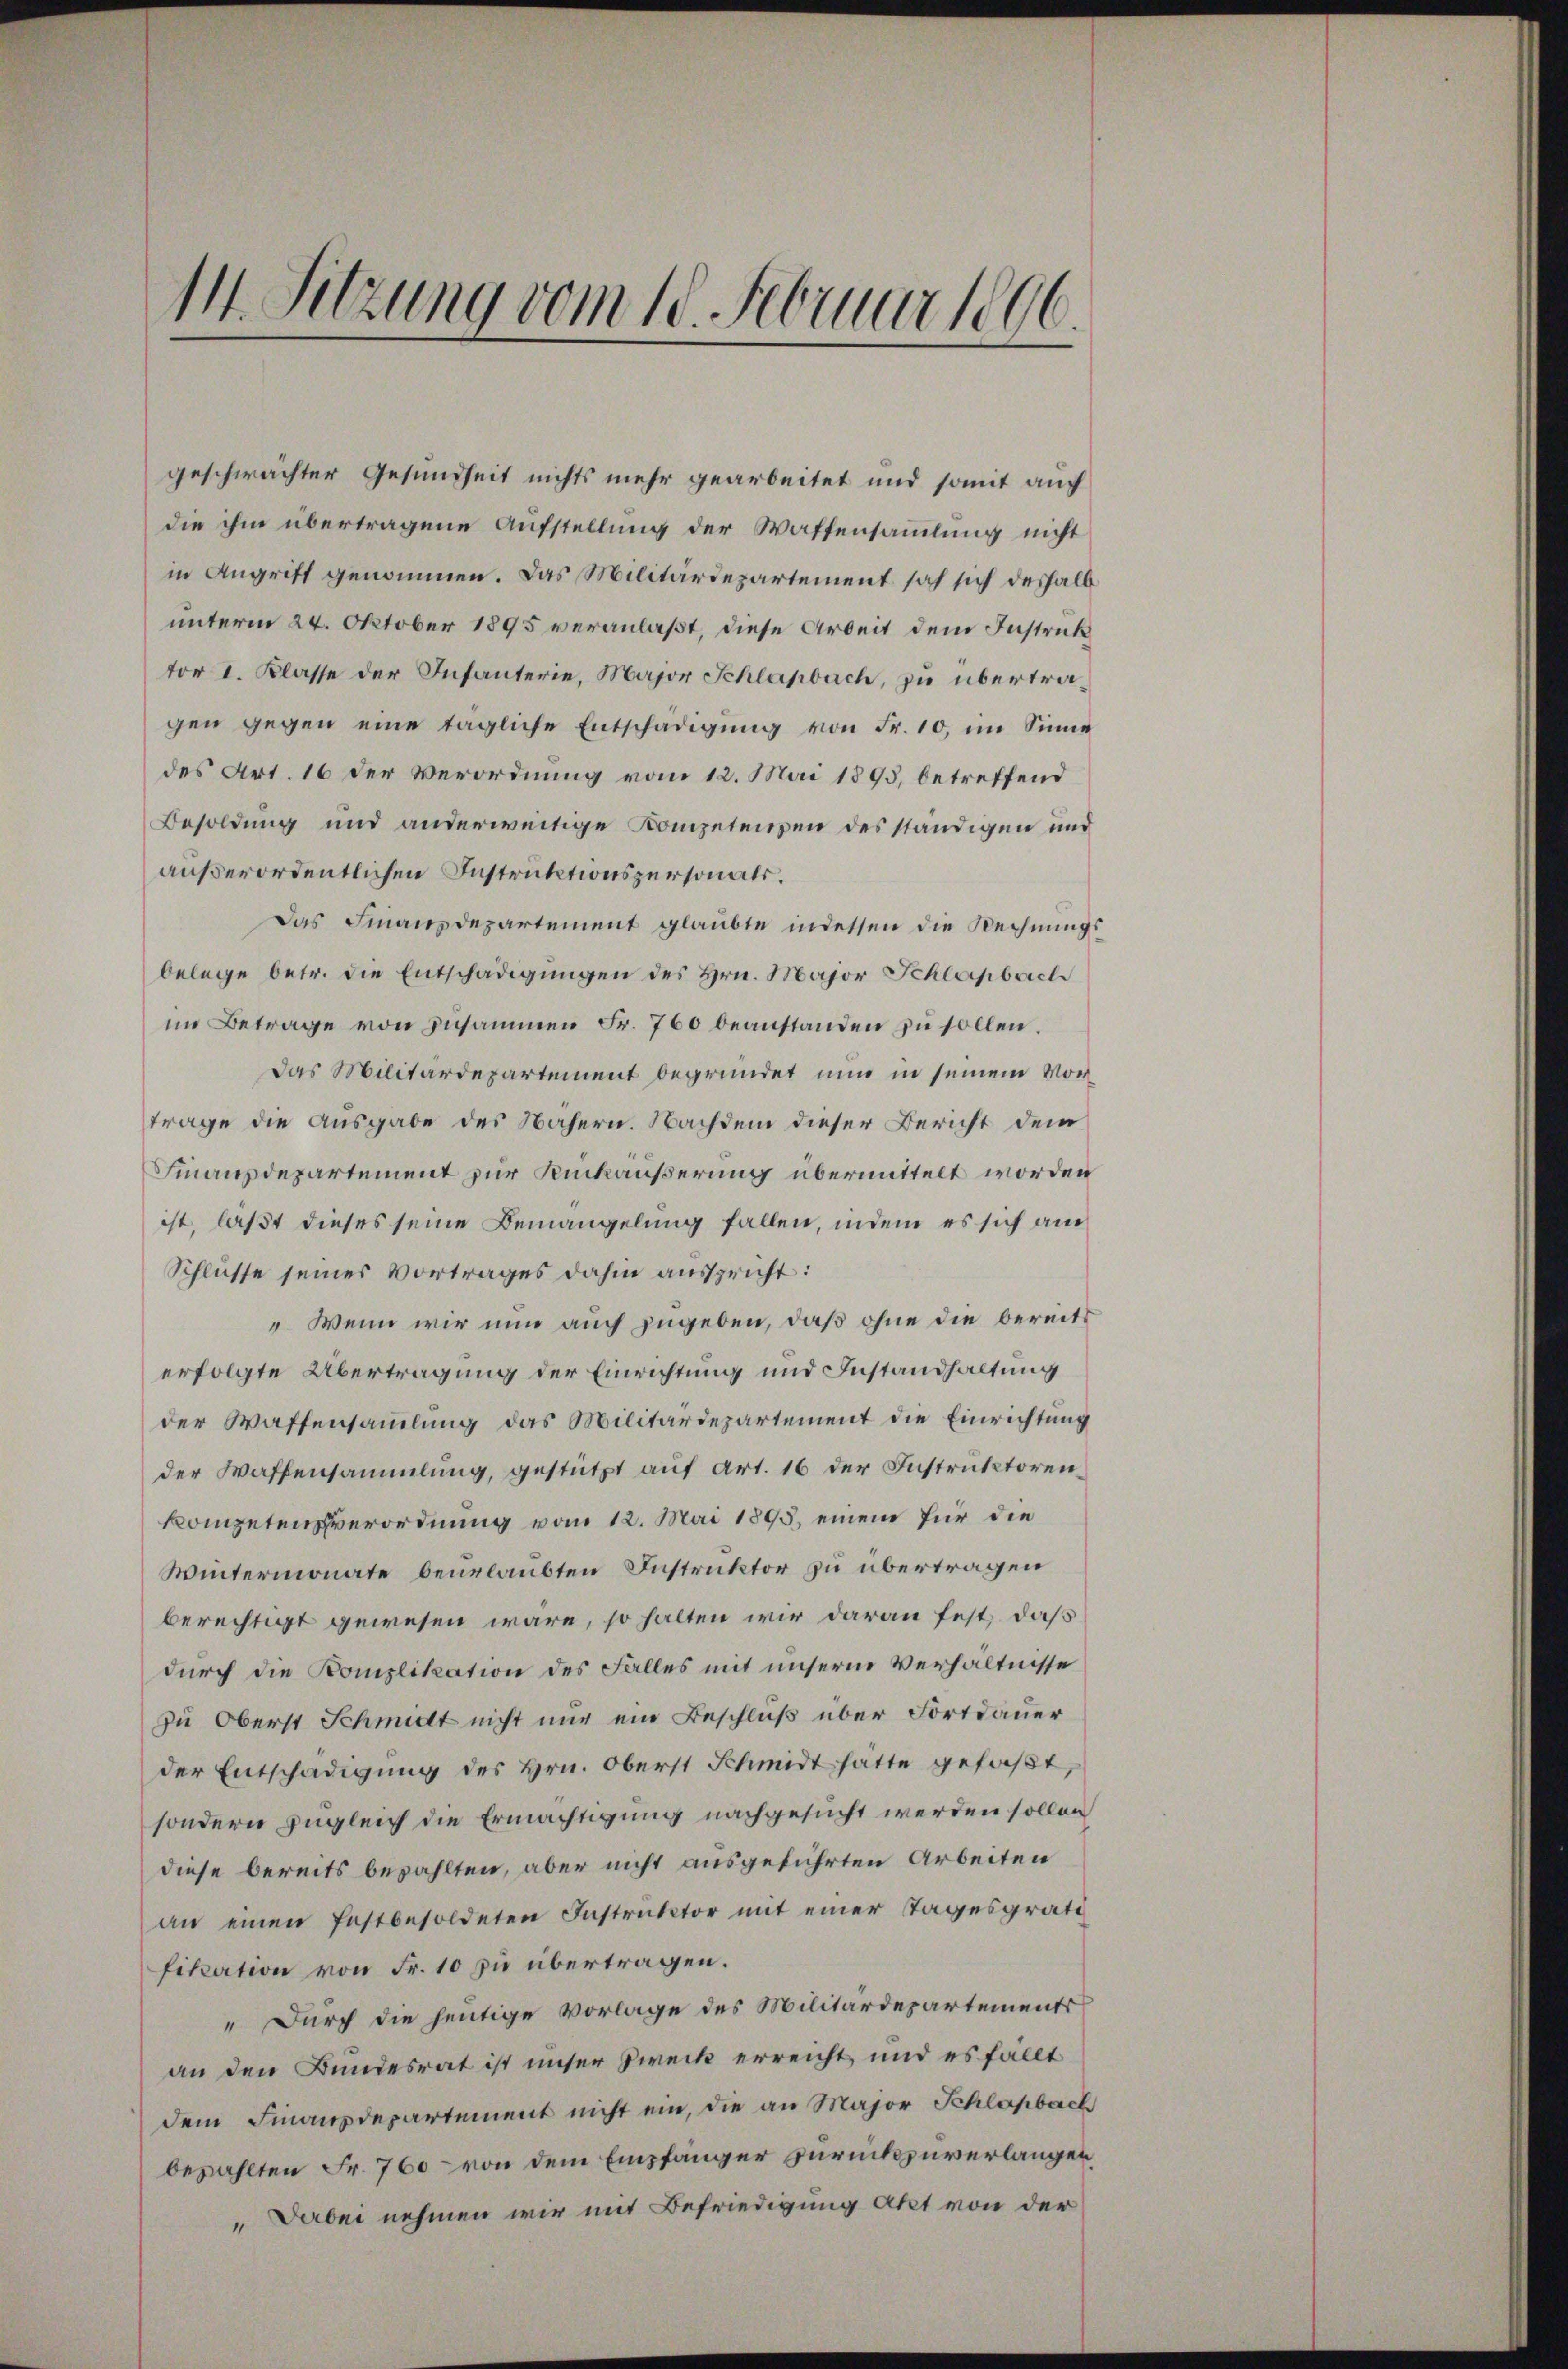
11. Sitzung vom 18. Februar 1806.

geschwächter Gesundheit nichts mehr gearbeitet und somit auch
die ihm übertragene Aufstellung der Waffensammlung nicht
in Angriff genommen. Das Militärdepartement sah sich deshalb
unterm 24. Oktober 1895 veranlaßt, diese Arbeit dem Instruk
tor I. Klasse der Infanterie, Major Schlaßbach, zu übertragen gegen eine tägliche Entschädigung von Fr. 10, im Sinne
des Art. 16 der Verordnung vom 12. Mai 1893, betreffend
Besoldung und anderweitige Kompetenzen des ständigen und
außerordentlichen Instruktionspersonals.
Das Finanzdepartement glaubte indessen die Rechnŭngs-
belege betr. die Entschädigŭngen des Hrn. Major Schlapbach
im Betrage von zusammen Fr. 760 beanstanden zu sollen.
Das Militärdepartement begründet nun in seinem Vortrage die Ausgabe des Nähern. Nachdem dieser Bericht dem
Finanzdepartement zur Rückäußerung übermittelt worden
ist, lasst dieses seine Bemängelung fallen, indem es sich am
Schlüsse seines Vortrages dahin ausspricht:
"Wenn wir nun auch zugeben, daß ohne die bereits
erfolgte Übertragung der Einrichtung und Instandhaltung
der Waffensammlung das Militärdepartement die Einrichtung
der Waffensammlung, gestützt auf Art. 16 der Instruktorenkompeten verordnung vom 12. Mai 1895, einem für die
Wintermonate beurlaubten Instruktor zu übertragen
berechtigt gewesen wäre, so halten wir daran fest, daß
durch die Komplikation des Falles mit unserm Verhältnisse
zu Oberst Schmidt nicht nur ein Beschluß über Fortdauer
der Entschädigung des Hrn. Oberst Schmidt hätte gefaßt,
sondern zugleich die Ermächtigung nachgesucht werden sollen
diese bereits bezahlten, aber nicht ausgeführten Arbeiten
an einen festbesoldeten Instruktor mit einer Tagesgrati
fikation von Fr. 10 zu übertragen.
" Durch die heutige Vorlage des Militärdepartements
an den Bundesrat ist unser Zweck erreicht und es fällt
dem Finanzdepartement nicht ein, die an Major Schlapbach
bezahlten Fr. 760 von dem Empfänger zurückzuverlangen,
"Seroni nehmen wir mit Befriedigung akt von der